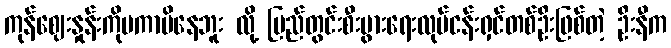
ကုန်ဈေးနှုန်းကိုမကာမိနေဘူး လို့ ပြည်တွင်းစီးပွားရေးလုပ်ငန်းရှင်တစ်ဦးဖြစ်တဲ့ ဦးနီက